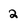
Character: 2